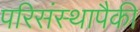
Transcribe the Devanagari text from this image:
परिसंस्थापैकी